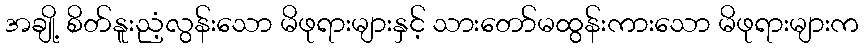
အချို့ စိတ်နူးညံ့လွန်းသော မိဖုရားများနှင့် သားတော်မထွန်းကားသော မိဖုရားများက